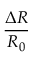
\frac { \Delta R } { R _ { 0 } }